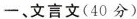
一、文言文(40分)